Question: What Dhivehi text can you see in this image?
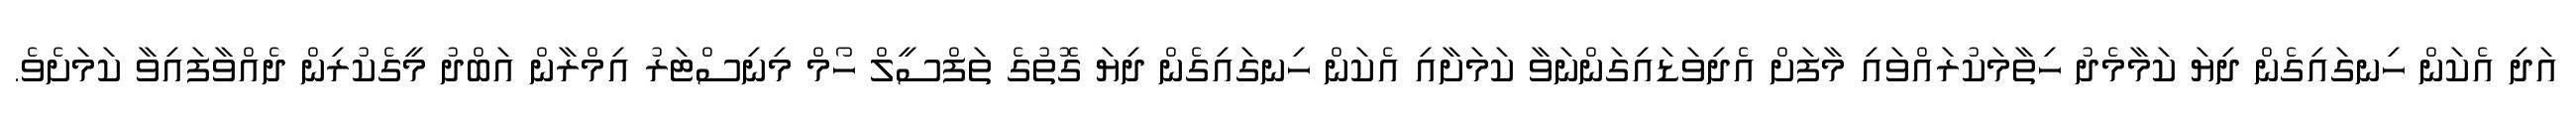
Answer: އަދި އެކަން ހިނގައިގެން ދިޔަ ކަމާމެދު ހިތާމަކުރައްވައި މާފަށް އެދިވަޑައިގަންނަވާ ކަމަށާއި އެކަން ހިނގައިގެން ދިޔަ ގޮތުގެ ތަފްސީލް ހޯމް މިނިސްޓަރު އިމްރާން އަބްދު މީގެކުރިން ދެއްވާފައިވާ ކަމަށެވެ.